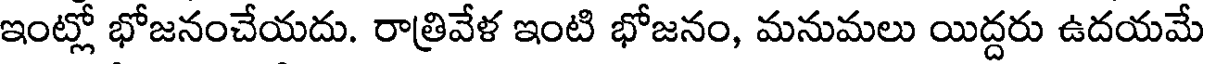
ఇంట్లో భోజనంచేయదు. రాత్రివేళ ఇంటి భోజనం, మనుమలు యిద్దరు ఉదయమే